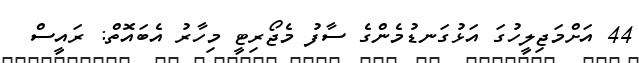
44 އަށްމަޖިލީހުގަ އަޅުގަނޑުމެންގެ ސާފު މެޖޯރިޓީ މިހާރު އެބައޮތް: ރައީސް